Document type: Sale
Year: 1274
Scribe: [Unknown]
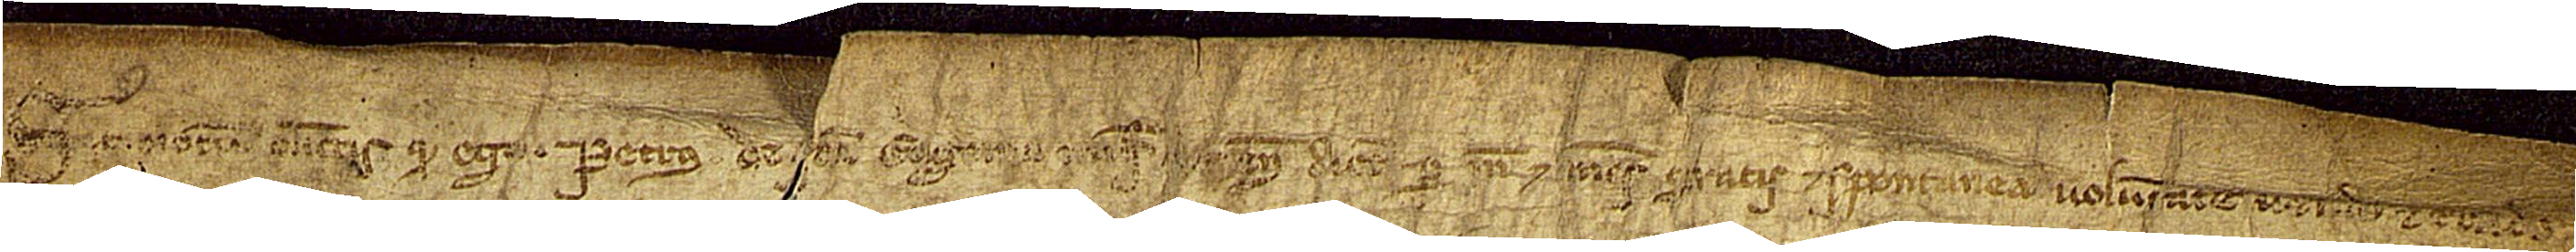
Sit omnibus notum quod ego Petrus de Sancta Eugenia, [miles Vicensis diocesis], per me et meis gratis et spontanea voluntate vendo et trado tibi